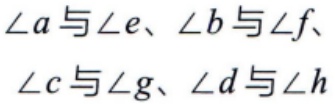
\(\angle a\)与\(\angle e\)、\(\angle b\)与\(\angle f\)、\(\angle c\)与\(\angle g\)、\(\angle d\)与\(\angle h\)